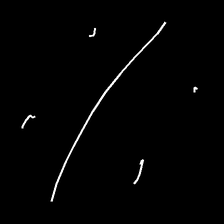
Glyph: cool